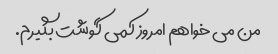
من می خواهم امروز کمی گوشت بگیرم.